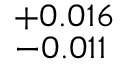
^ { + 0 . 0 1 6 } _ { - 0 . 0 1 1 }